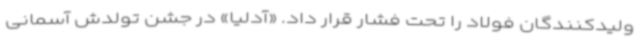
ولیدکنندگان فولاد را تحت فشار قرار داد. «آدلیا» در جشن تولدش آسمانی